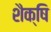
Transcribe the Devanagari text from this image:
शैक्षि